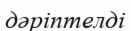
дәріптелді